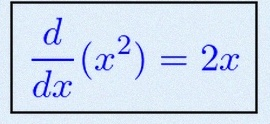
\frac{d}{dx}(x^2)=2x